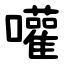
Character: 嚾